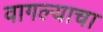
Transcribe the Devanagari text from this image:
वागल्याचा